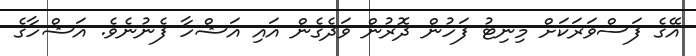
އޭގެ ފަސްވަރަކަށް މިނިޓު ފަހުން ދޮރުން ވަދެގެން އައި އަޝްހާ ފެނުނެވެ. އަޝްހާގެ